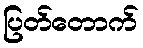
ပြတ်တောက်